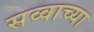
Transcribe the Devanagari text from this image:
सव्वाच्या